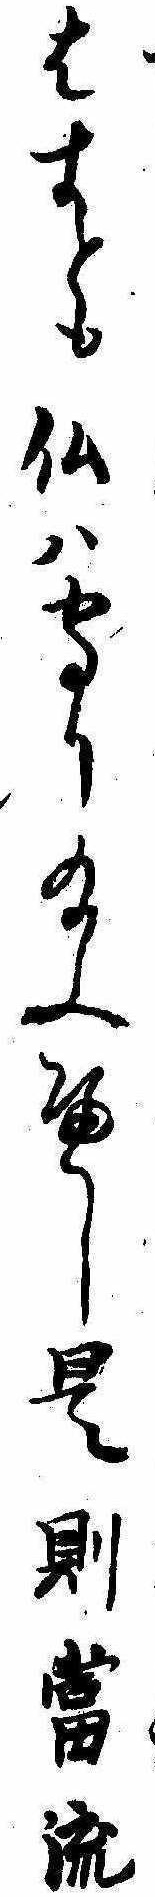
はすとも仏は守り給ふへし是則当流